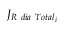
{ J } _ { R \ d i a \ T o t a l _ { i } }